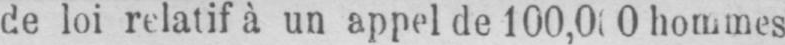
hommes